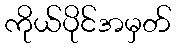
ကိုယ်ပိုင်အမှတ်